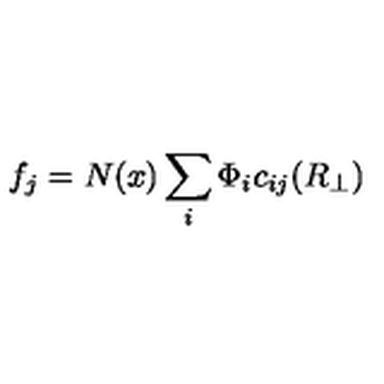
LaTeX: f _ { j } = N ( x ) \sum _ { i } \Phi _ { i } c _ { i j } ( R _ { \perp } )